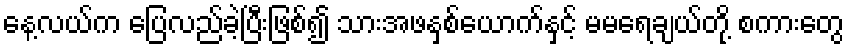
နေ့လယ်က ပြေလည်ခဲ့ပြီးဖြစ်၍ သားအဖနှစ်ယောက်နှင့် မမရေချယ်တို့ စကားတွေ